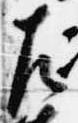
左